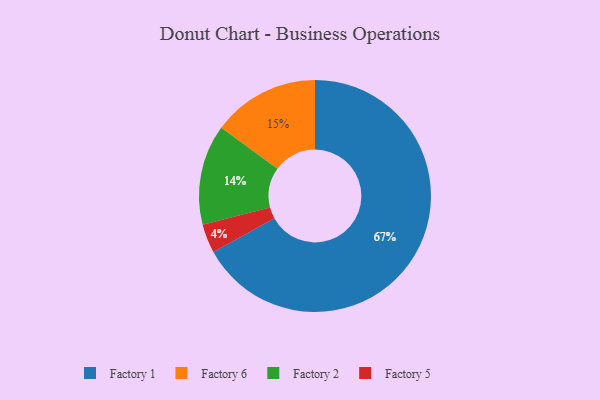
{"axis": {"x": "Category", "y": "Percentage"}, "legend": ["Factory 1", "Factory 2", "Factory 5", "Factory 6"], "data": [{"x": "Factory 1", "y": 67, "type": "Factory 1"}, {"x": "Factory 5", "y": 4, "type": "Factory 5"}, {"x": "Factory 6", "y": 15, "type": "Factory 6"}, {"x": "Factory 2", "y": 14, "type": "Factory 2"}]}